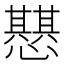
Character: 𢤵